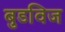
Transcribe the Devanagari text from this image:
बुडविज